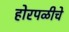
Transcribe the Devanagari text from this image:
होरपळीचे